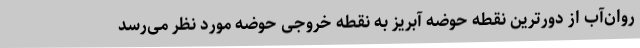
روان‌آب از دورترین نقطه حوضه آبریز به نقطه خروجی حوضه مورد نظر می‌رسد